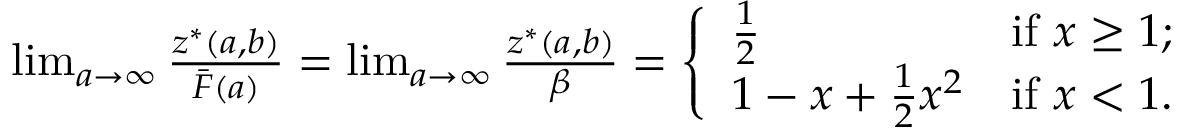
\begin{array} { r } { \operatorname* { l i m } _ { a \rightarrow \infty } \frac { z ^ { * } ( a , b ) } { \bar { F } ( a ) } = \operatorname* { l i m } _ { a \rightarrow \infty } \frac { z ^ { * } ( a , b ) } { \beta } = \left\{ \begin{array} { l l } { \frac { 1 } { 2 } } & { \mathrm { i f ~ } x \geq 1 ; } \\ { 1 - x + \frac { 1 } { 2 } x ^ { 2 } } & { \mathrm { i f ~ } x < 1 . } \end{array} \right. } \end{array}